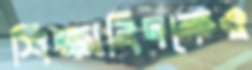
শিক্ষাবিদকেও